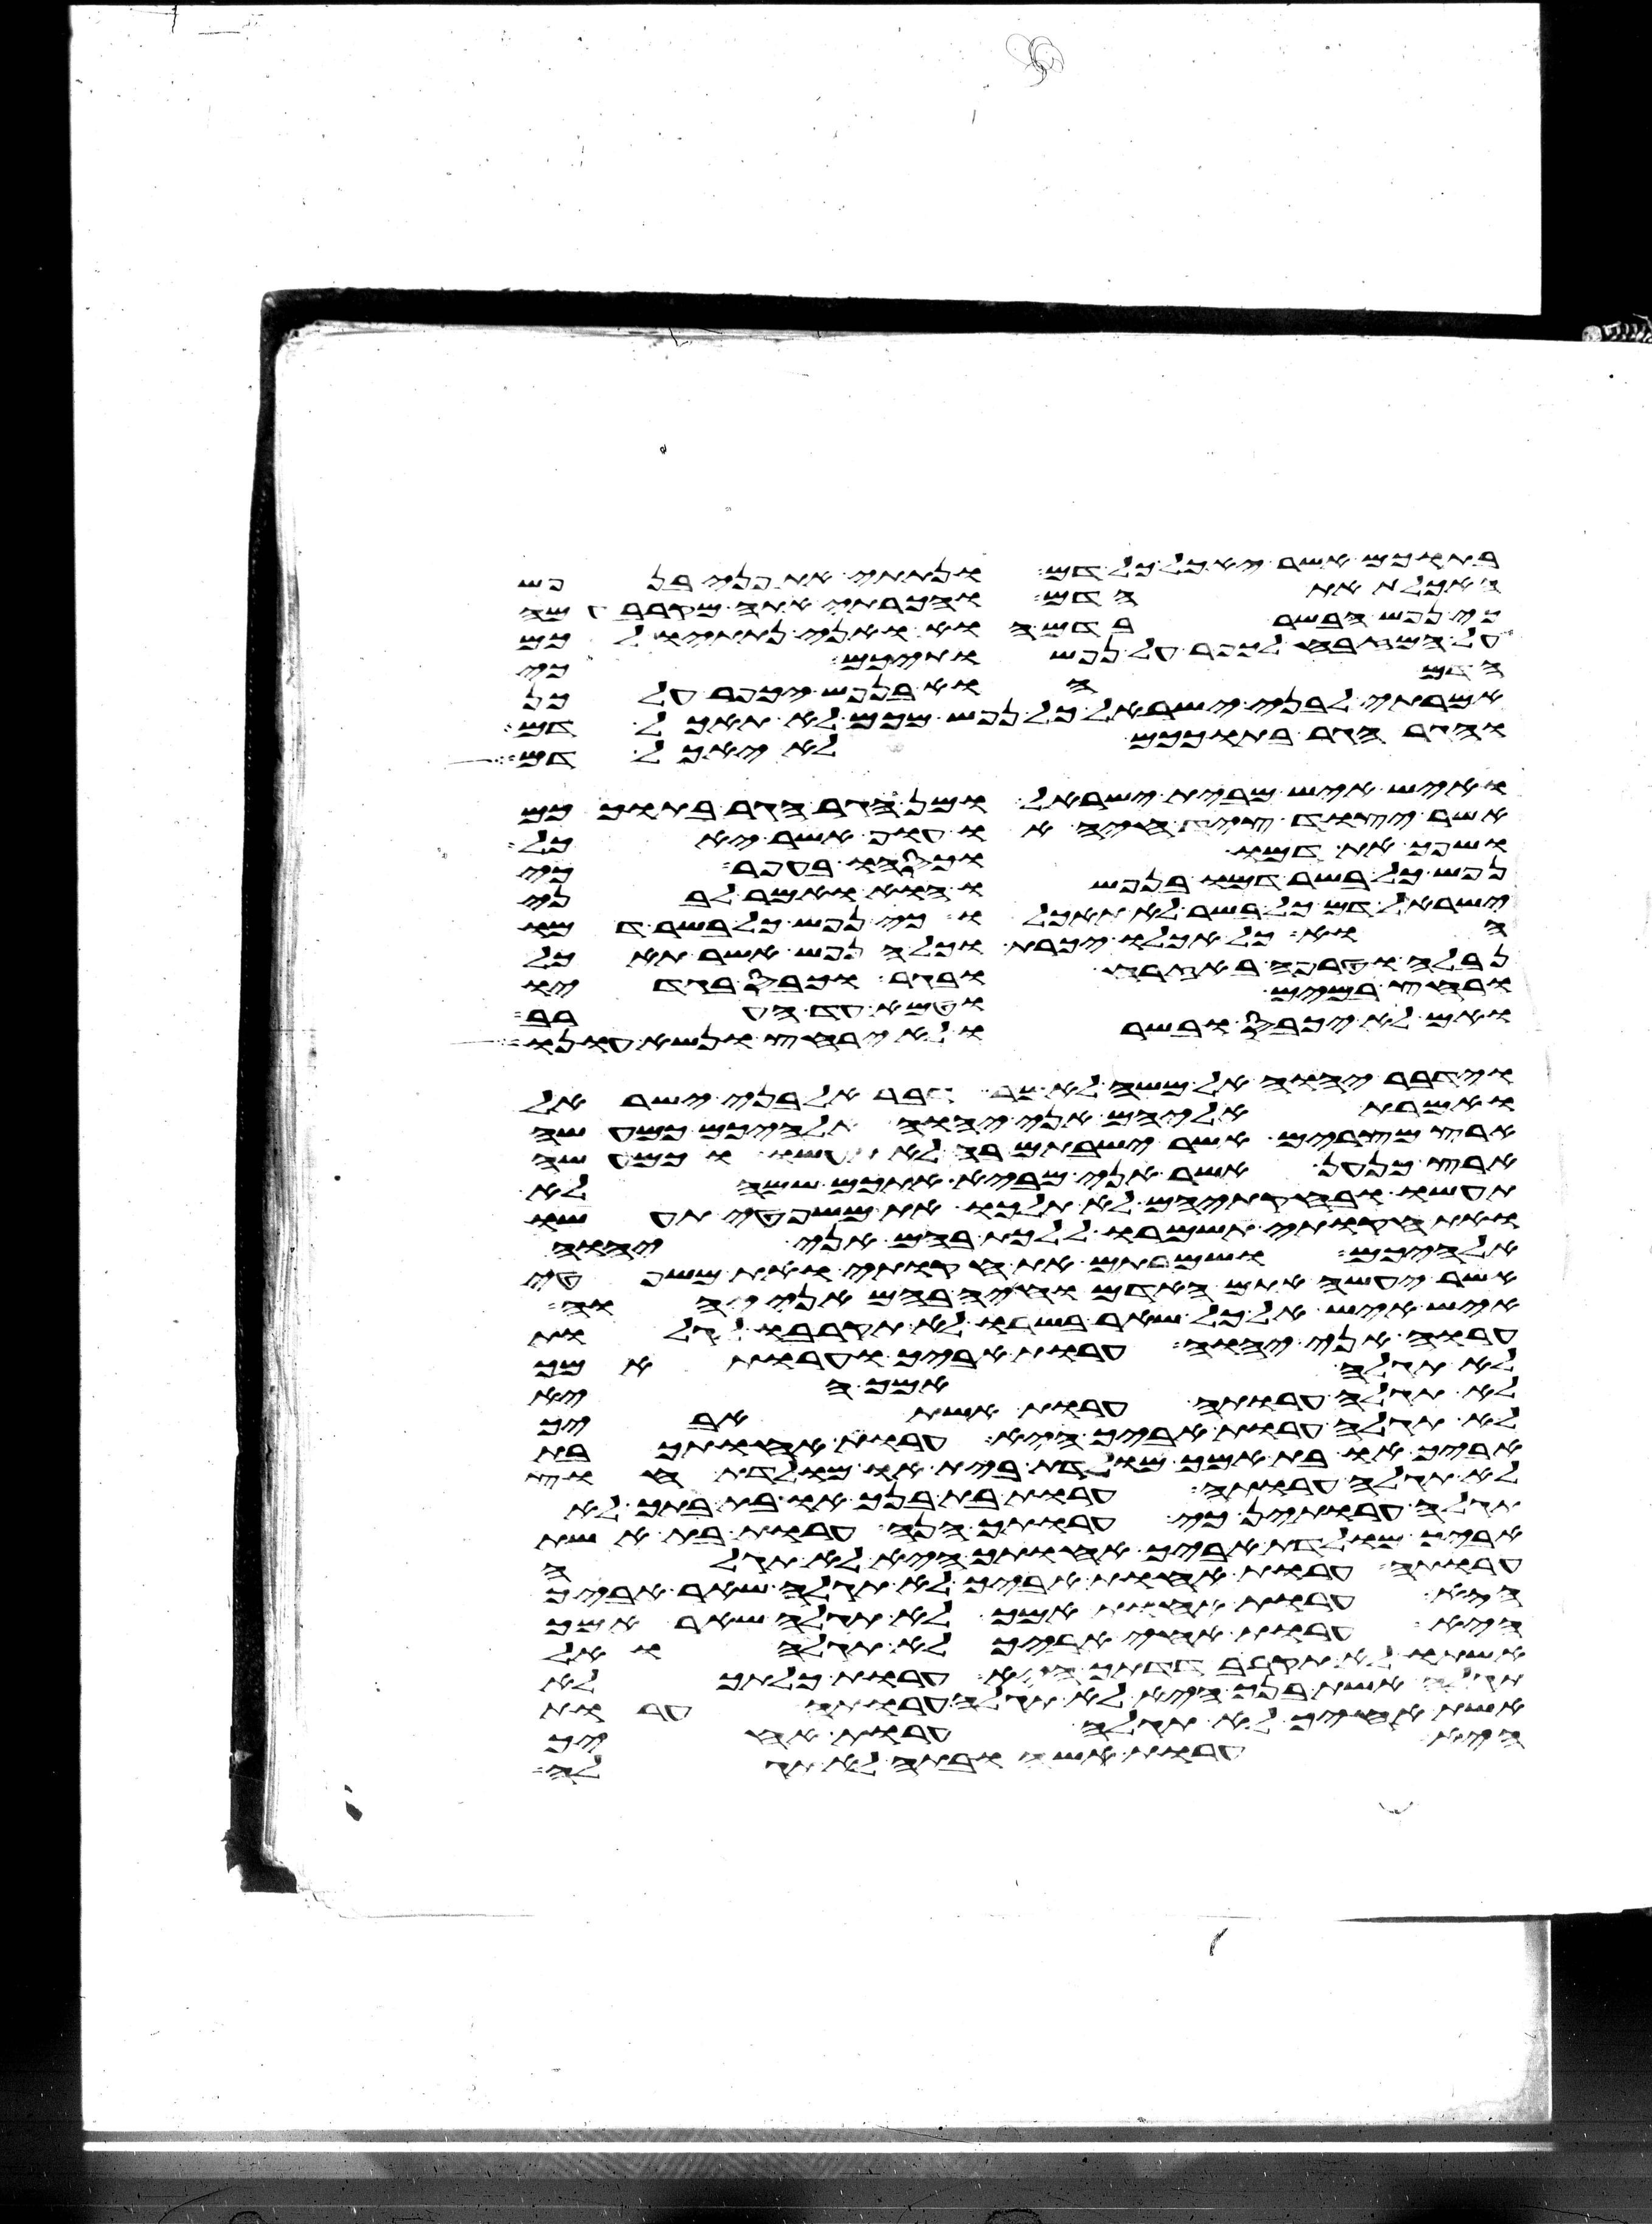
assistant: בתוכם אשר יאכל כל דם ונתתי את פני בנפש
האכלת את הדם והכרתי אתה מקרב עמה
כי נפש הבשר בדם הוא ואני נתתיו לכם
על המזבח לכפר על נפשתיכם כי
הדם הוא בנפש יכפר על כן
אמרתי לבני ישראל כל נפש מכם לא תאכל דם
והגר הגר בתוככם לא יאכל דם
ואיש איש מבית ישראל ומן הגר הגר בתוככם
אשר יצוד ציד חיה או עוף אשר יאכל
ושפך את דמו וכסהו בעפר כי
נפש כל בשר דמו בנפשו הוא ואמר לבני
ישראל דם כל בשר לא תאכלו כי נפש כל בשר דמו
הוא כל אכלו יכרת וכל הנפש אשר תאכל
נבלה וטרפה באזרח ובגר וכבס בגדיו
ורחץ במים וטמא עד הערב
ואם לא יכבס ובשרו לא ירחץ ונשא עונו
וידבר יהוה אל משה לאמר דבר אל בני ישראל
ואמרת אליהם אני יהוה אלהיכם כמעשה
ארץ מצרים אשר ישבתם בה לא תעשו וכמעשה
ארץ כנען אשר אני מביא אתכם שמה לא
תעשו ובחקתיהם לא תלכו את משפטי תעשו
ואת חקותי תשמרו ללכת בהם אני יהוה
אלהיכם ושמרתם את חקותי ואת משפטי
אשר יעשה אתם האדם וחיה בהם אני יהוה
איש איש אל כל שאר בשרו לא תקרבו לגלות
ערוה אני יהוה ערות אביך וערות אמך
לא תגלה אמך היא
לא תגלה ערותה ערות אשת אביך
לא תגלה ערות אביך היא ערות אחותך בת
אביך או בת אמך מולדת בית או מולדת חוץ
לא תגלה ערותה ערות בת בנך או בת בתך לא
תגלה ערותן כי ערותך הנה ערות בת אשת
אביך מולדת אביך אחותך היא לא תגלה
ערותה ערות אחות אביך לא תגלה שאר אביך
היא ערות אחות אמך לא תגלה שאר אמך
היא ערות אחי אביך לא תגלה ואל
אשתו לא תקרב דדתך היא ערות כלתך לא
תגלה אשת בנך היא לא תגלה ערותה ערות
אשת אחיך לא תגלה ערות אחיך
היא ערות אשה ובתה לא תגלה